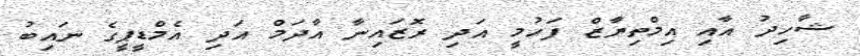
ޝާހިދު އާއި އިމްތިޔާޒް ފަހުމީ އަދި ރޮޒައިނާ އާދަމް އަދި އެމްޑީޕީގެ ނައިބު